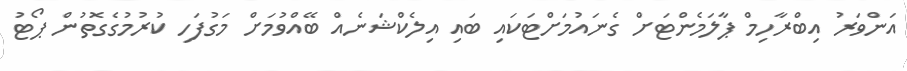
އަންވަރު އިބްރާހިމް ޕާލަމެންޓަށް ގެނައުމަށްޓަކައި ބައި އިލެކްޝަނެއް ބޭއްވުމަށް މަގުފަހި ކުރުމުގެގޮތުން ޕޯޓު